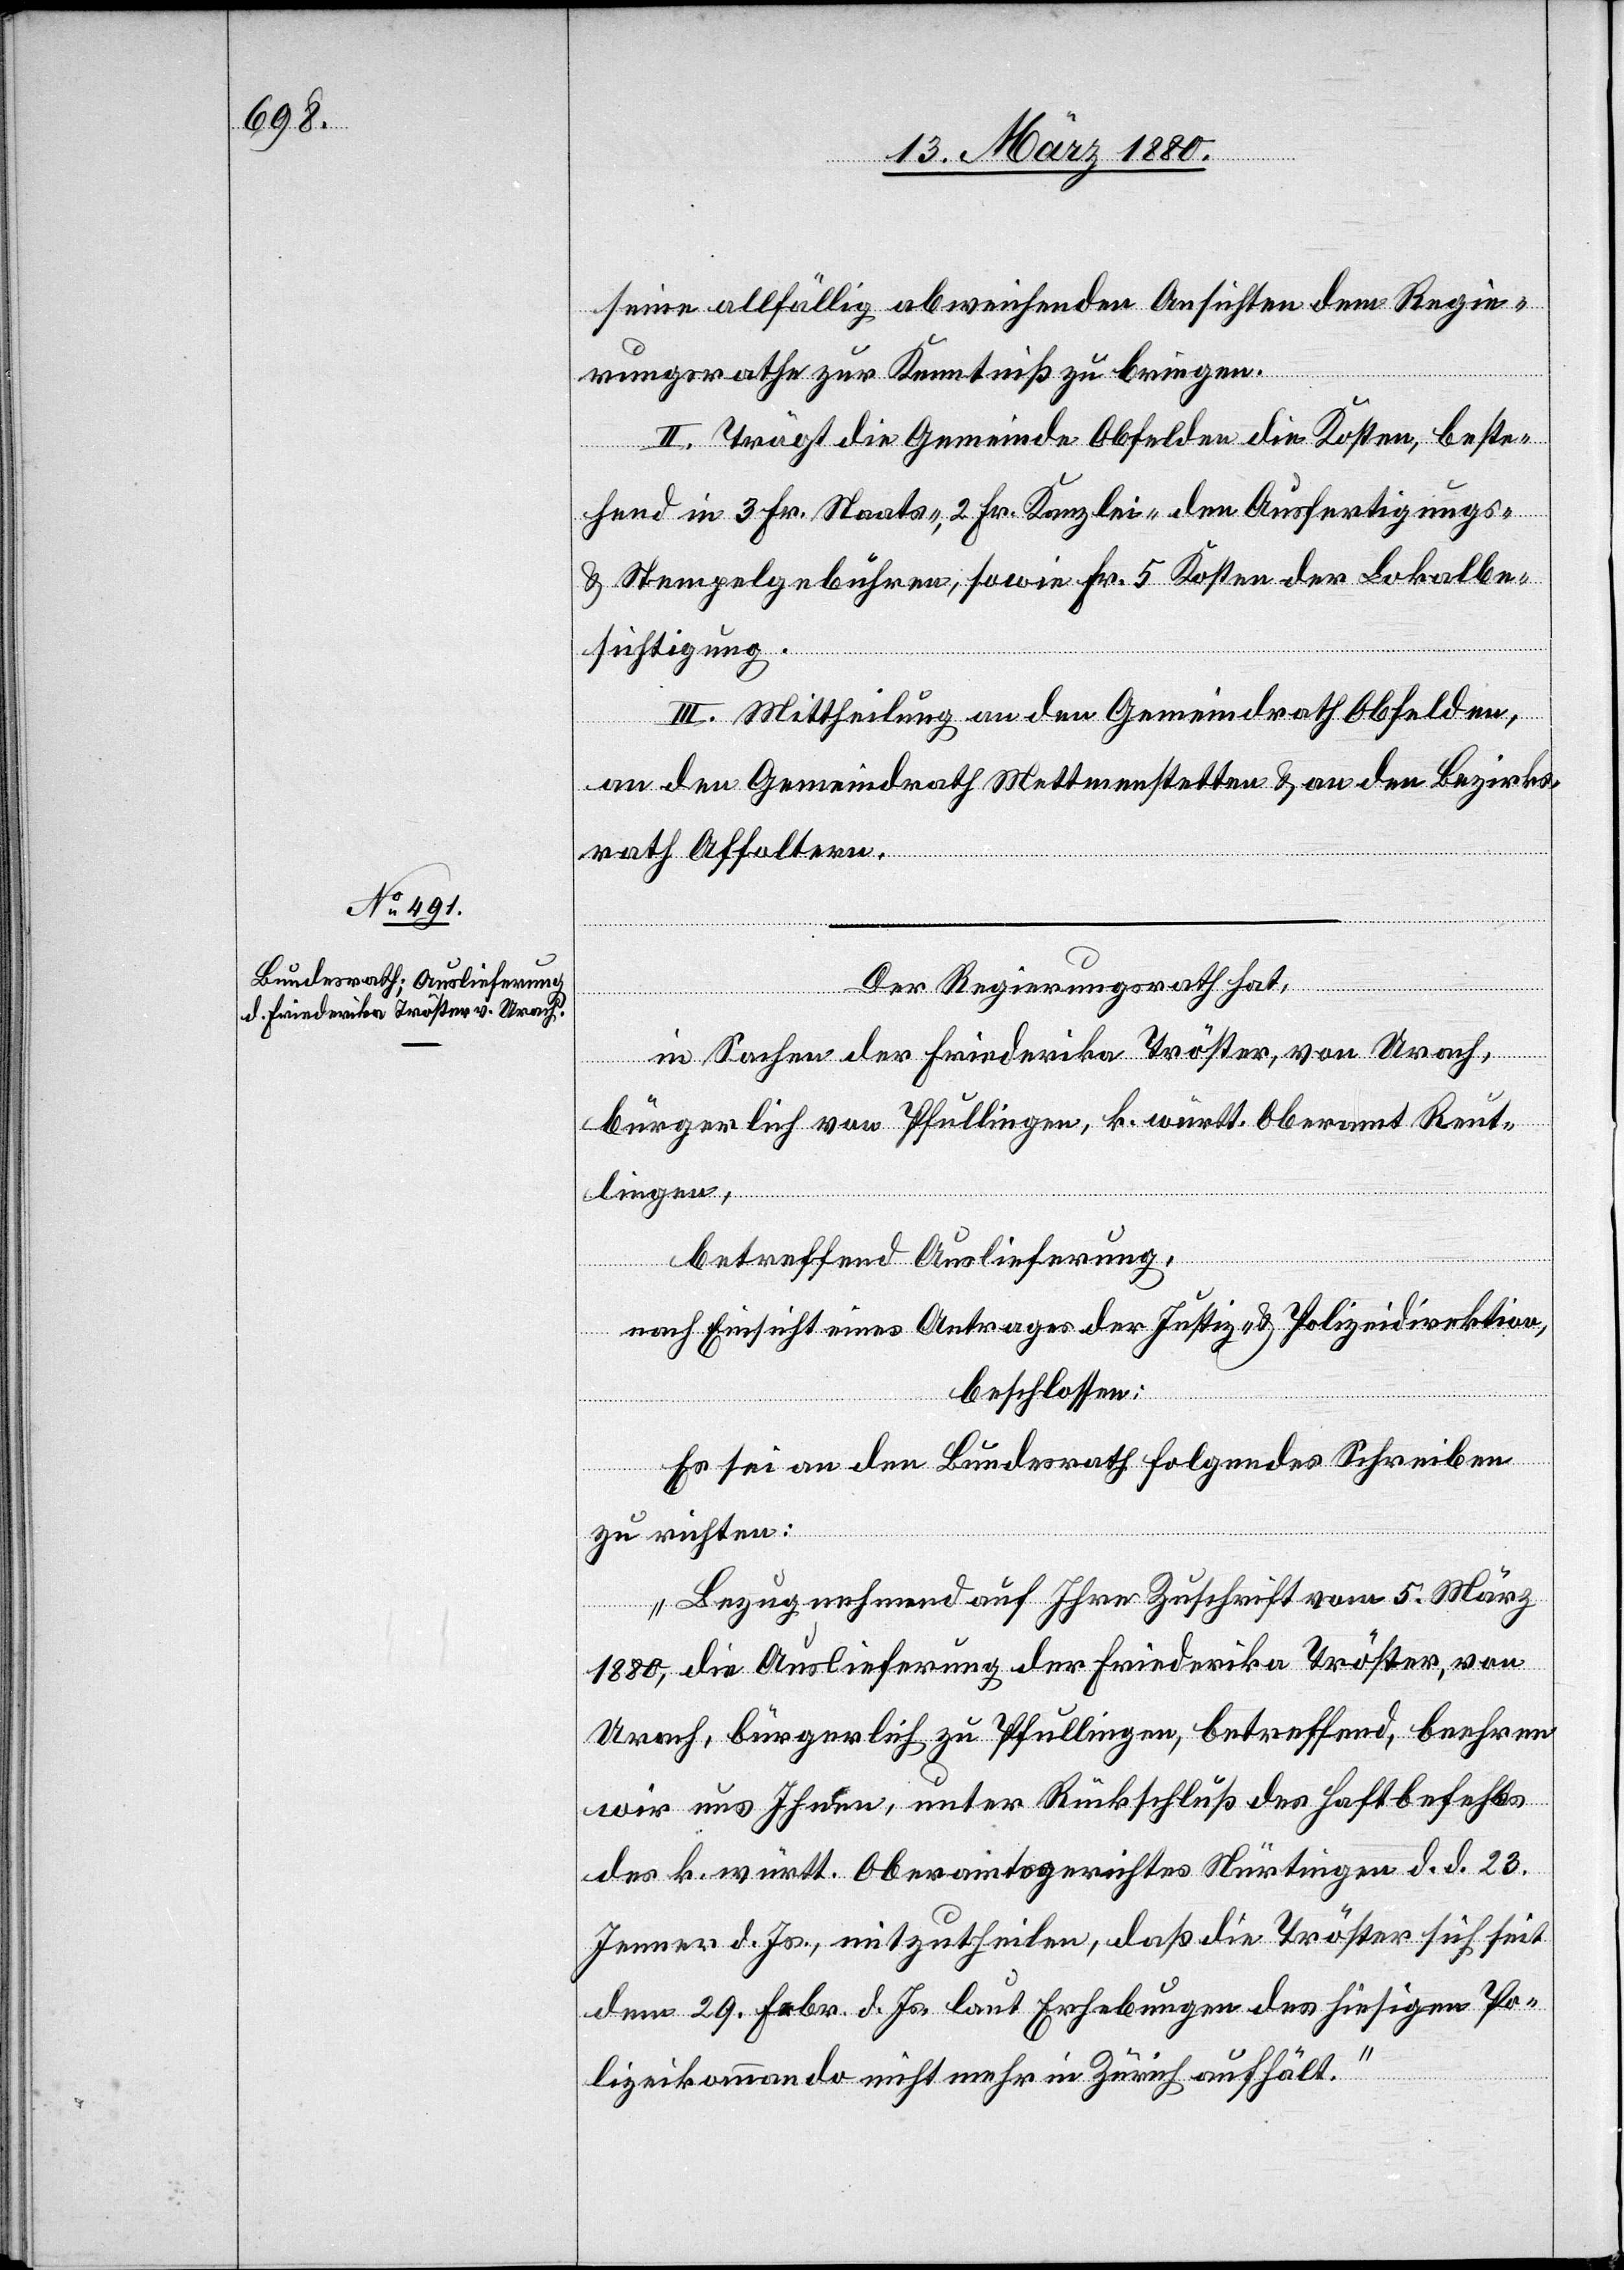
seine allfällig abweichenden Ansichten dem Regie¬
rungsrathe zur Kenntniß zu bringen.
II. Trägt die Gemeinde Obfelden die Kosten, beste¬
hend in 3 Fr. Staats-, 2 Fr. Kanzlei- den Ausfertigungs-
& Stempelgebühre, sowie Fr. 5 Kosten der Lokalbe¬
sichtigung.
III. Mittheilung an den Gemeindrath Obfelden,
an den Gemeindrath Mettmenstetten & an den Bezirks¬
rath Affoltern.
Der Regierungsrath hat,
in Sachen der Friederika Tröster, von Urach,
bürgerlich von Pfullingen, k. württ. Oberamt Reut¬
lingen,
betreffend Auslieferung,
nach Einsicht eines Antrages der Justiz- & Polizeidirektion,
beschlossen:
Es sei an den Bundesrath folgendes Schreiben
zu richten:
„Bezugnehmend auf Ihre Zuschrift vom 5. März
1880, die Auslieferung der Friederika Tröster, von
Urach, bürgerlich zu Pfullingen, betreffend, beehren
wir uns Ihnen, unter Rückschluß des Haftbefehls
des k. württ. Oberamtsgerichtes Nürtingen d. d. 23.
Jenner d. Js., mitzutheilen, daß die Tröster sich seit
dem 29. Febr. d. Js. laut Erhebungen des hiesigen Po¬
lizeikommandos nicht mehr in Zürich aufhält.